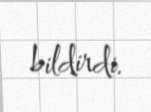
bildirdi.